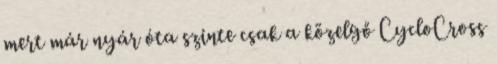
mert már nyár óta szinte csak a közelgő CycloCross